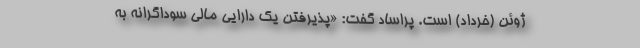
ژوئن (خرداد) است. پراساد گفت: «پذیرفتن یک دارایی مالی سوداگرانه به